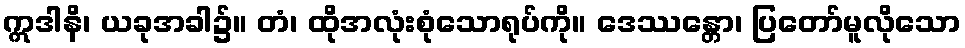
ဣဒါနိ၊ ယခုအခါ၌။ တံ၊ ထိုအလုံးစုံသောရုပ်ကို။ ဒေဿန္တော၊ ပြတော်မူလိုသော